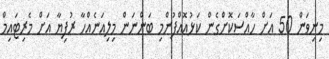
މިނިވަން 50 އަށް ހާއްސަކޮށްގެން ކަޅުއޮއްފުންމި ބަންނަން މިލިއަނެއްހާ ރުފިޔާ އަށް މެރިޓައިމް